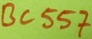
Text: BC557